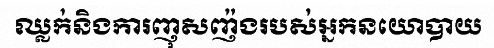
ឈ្លក់និងការញុសញ៉ងរបស់អ្នកនយោបាយ